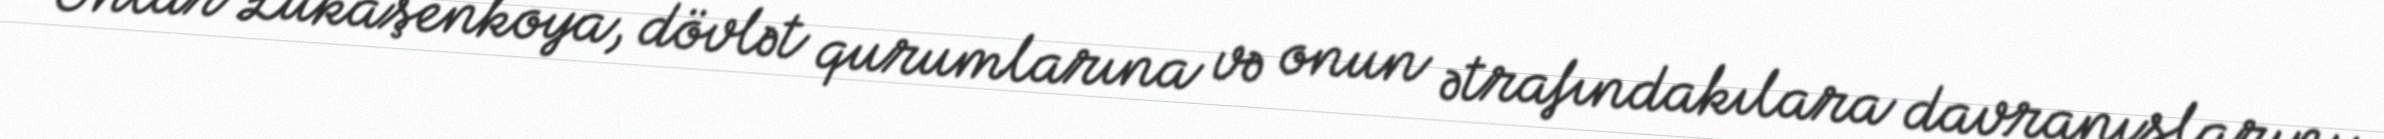
Onlar Lukaşenkoya, dövlət qurumlarına və onun ətrafındakılara davranışlarını